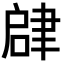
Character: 𬚫